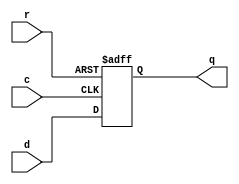
module D_FF
(
input c,r,
input d,
output reg q
);

always @ (posedge r or posedge c)
  begin
    if (r)
      q <= 1'b0;
  else
    q <= d;
  end
endmodule